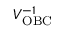
V _ { \mathrm { O B C } } ^ { - 1 }